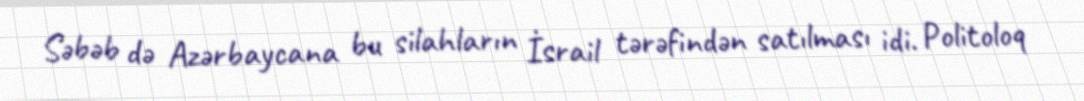
Səbəb də Azərbaycana bu silahların İsrail tərəfindən satılması idi. Politoloq